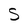
Character: S